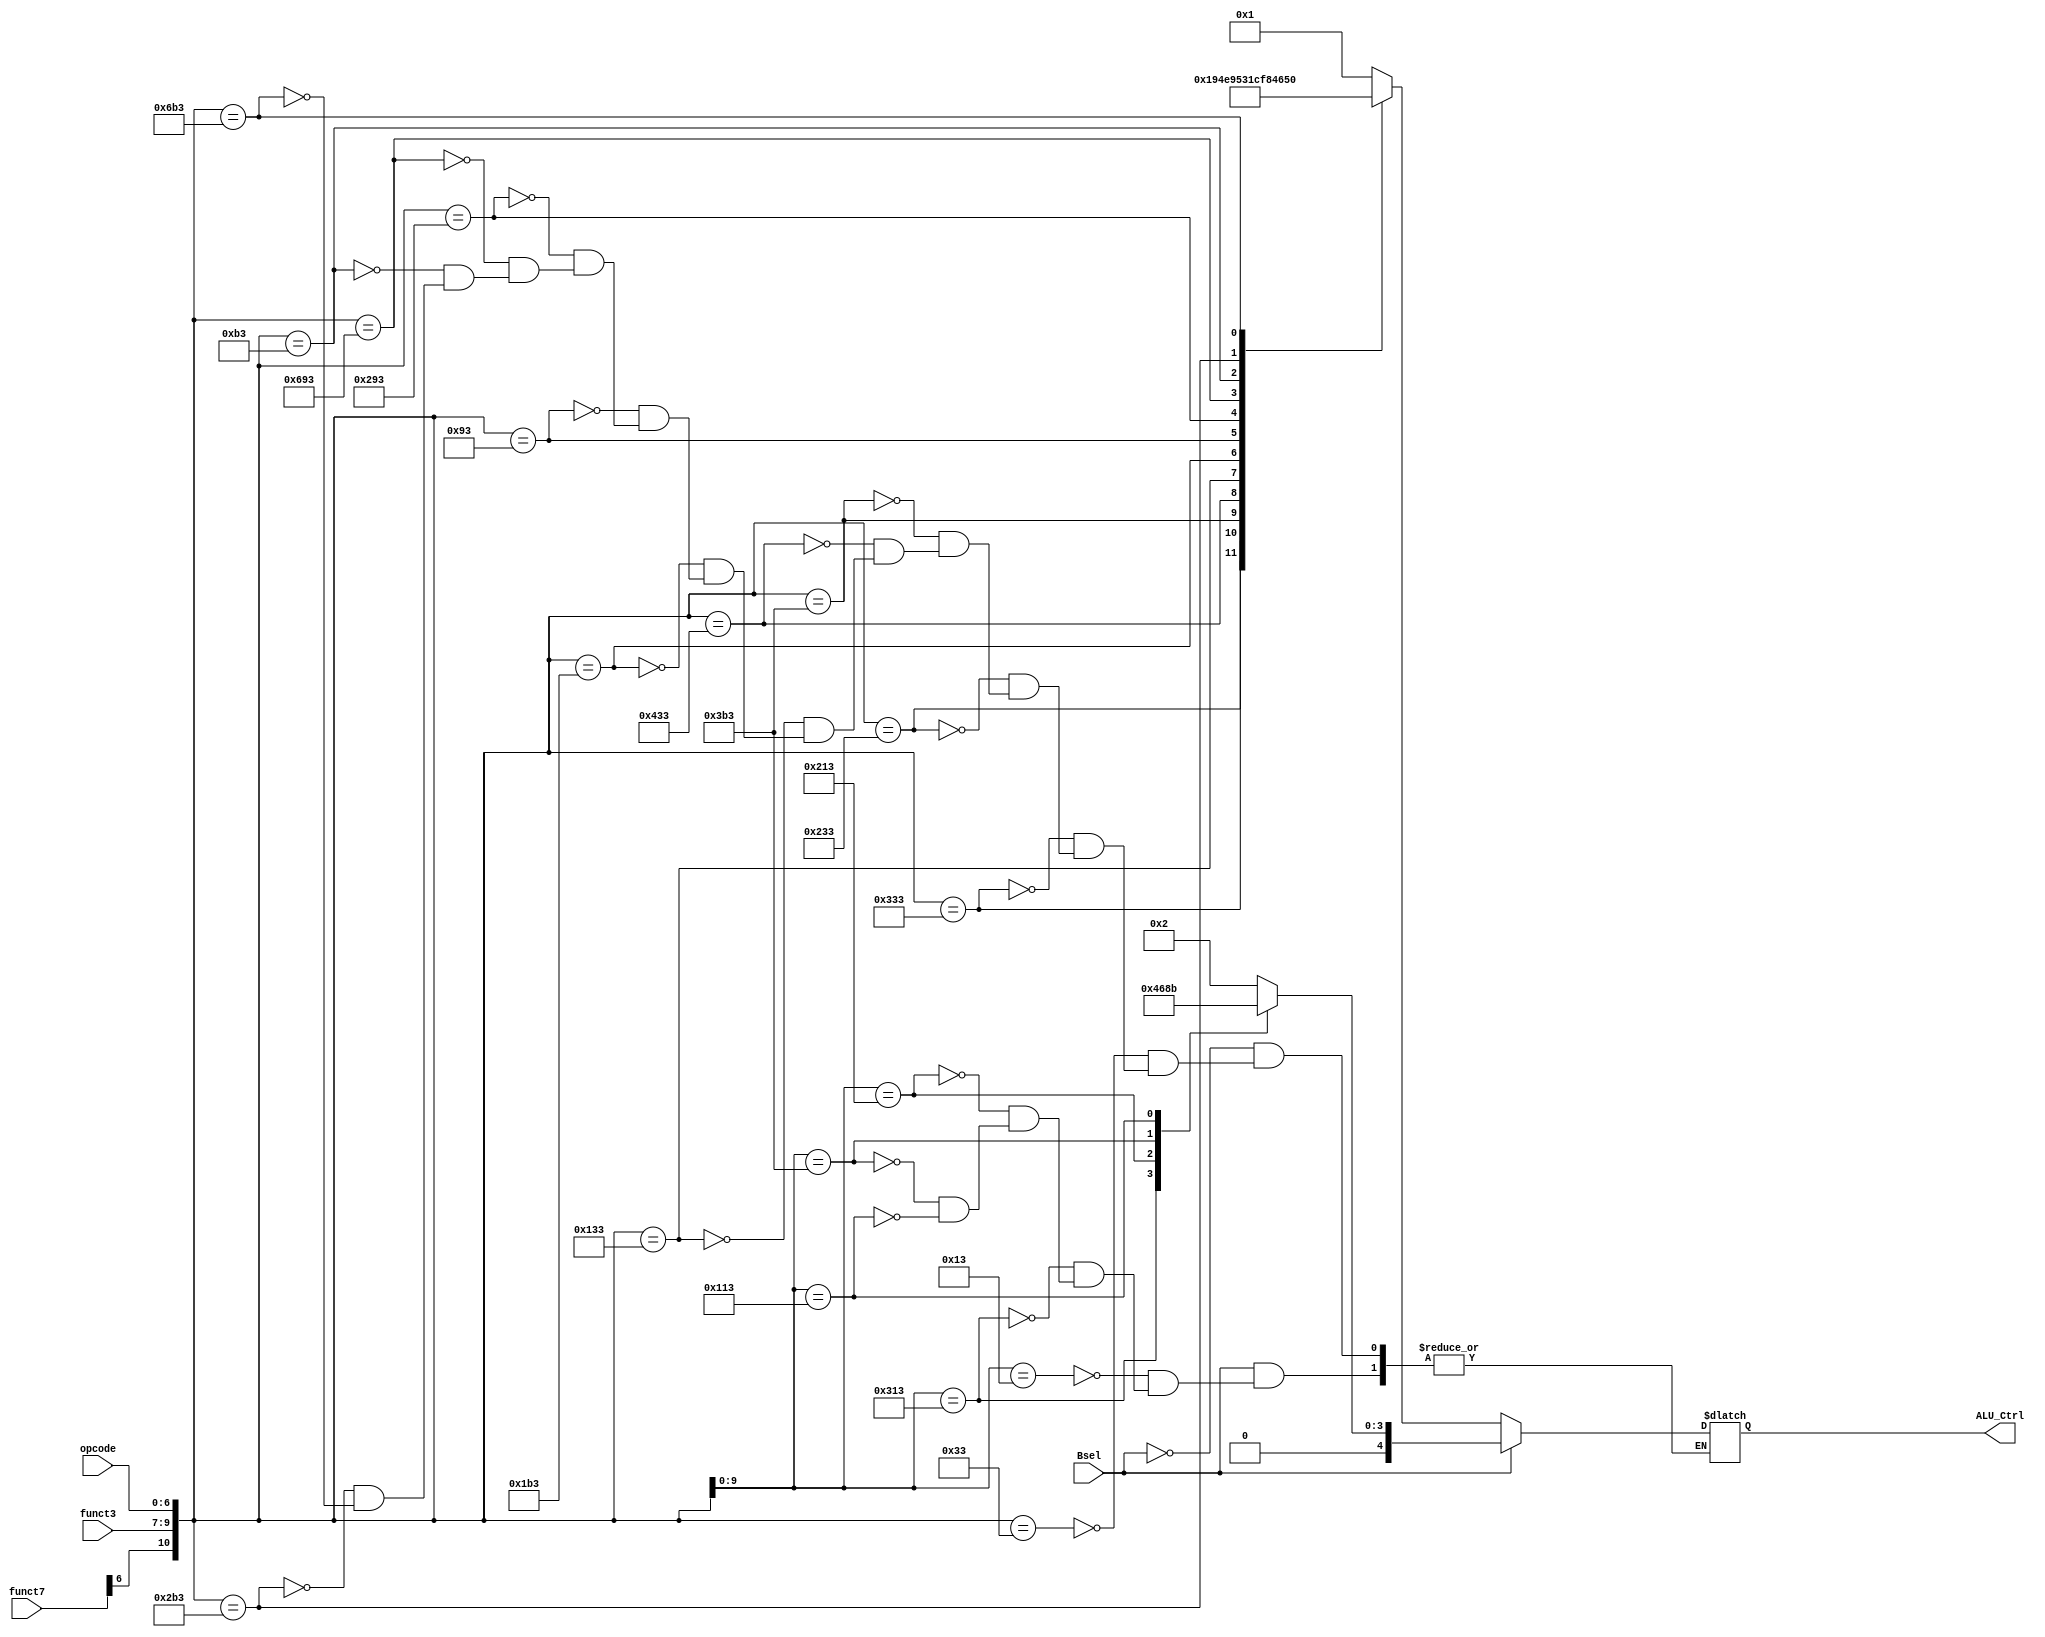
module ALU_Control(opcode,funct3,funct7,Bsel,ALU_Ctrl);
  input [6:0] opcode;
  input [2:0] funct3;
  input [7:0] funct7;
  input Bsel;
  wire [10:0] funct_code;
  output reg [4:0] ALU_Ctrl;
  
  assign funct_code = {funct7[6],funct3,opcode};
  always@ (funct_code)
    begin
  if(Bsel == 1)
    begin
      casex (funct_code)
         11'bx_000_0010011 : ALU_Ctrl <= 2; //ADDI
         11'bx_110_0010011 : ALU_Ctrl <= 4; //ORI
         11'bx_100_0010011 : ALU_Ctrl <= 6; //XORI
         11'bx_111_0110011 : ALU_Ctrl <= 8; //ANDI
         11'bx_010_0010011 : ALU_Ctrl <= 11; //SLTI 
      endcase
    end
  else
    begin
      casex (funct_code)
        11'b0_000_0110011 : ALU_Ctrl <= 1; // ADD
        11'b0_110_0110011 : ALU_Ctrl <= 3; //OR
        11'b0_100_0110011 : ALU_Ctrl <= 5; //XOR
        11'b0_111_0110011 : ALU_Ctrl <= 7; //AND
        11'b1_000_0110011 : ALU_Ctrl <= 9; //SUB
        11'b0_010_0110011 : ALU_Ctrl <= 10; //SLT
        11'b0_011_0110011 : ALU_Ctrl <= 12; //SLTU
        11'b0_011_0110011 : ALU_Ctrl <= 13; //SLTIU
        11'b0_001_0010011 : ALU_Ctrl <= 14; //SLLI
        11'b0_101_0010011 : ALU_Ctrl <= 15; //SRLI
        11'b1_101_0010011 : ALU_Ctrl <= 16; //SRAI
        11'b0_001_0110011 : ALU_Ctrl <= 17; //SLL
        11'b0_101_0110011 : ALU_Ctrl <= 18; //SRL
        11'b1_101_0110011 : ALU_Ctrl <= 19; //SRA
    endcase
  end
    end
endmodule